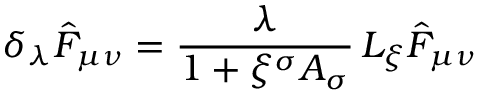
\delta _ { \lambda } \hat { F } _ { \mu \nu } = \frac { \lambda } { 1 + \xi ^ { \sigma } A _ { \sigma } } \, { \cal L } _ { \xi } \hat { F } _ { \mu \nu }